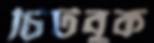
চিটবুক